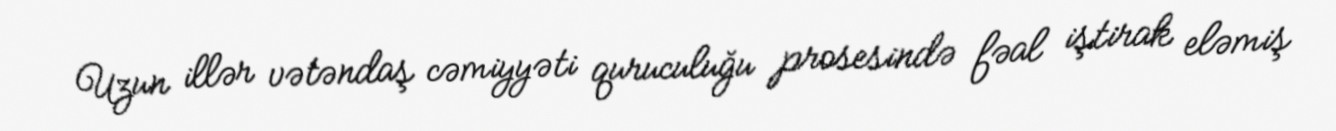
Uzun illər vətəndaş cəmiyyəti quruculuğu prosesində fəal iştirak eləmiş